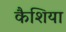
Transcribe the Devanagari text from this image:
कैशिया